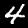
Label: 4